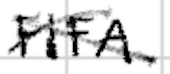
Text: FIFA
Cross-out: cross
Writing tool: digital_black